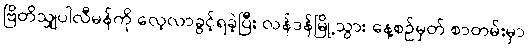
ဗြိတိသျှပါလီမန်ကို လေ့လာခွင့်ရခဲ့ပြီး လန်ဒန်မြို့သွား နေ့စဉ်မှတ် စာတမ်းမှာ